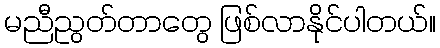
မညီညွတ်တာတွေ ဖြစ်လာနိုင်ပါတယ်။